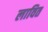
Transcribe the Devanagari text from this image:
लावित